Triennial report on the lunatic asylums in the province of Eastern Bengal and Assam - 1903-1911
Year: 1903
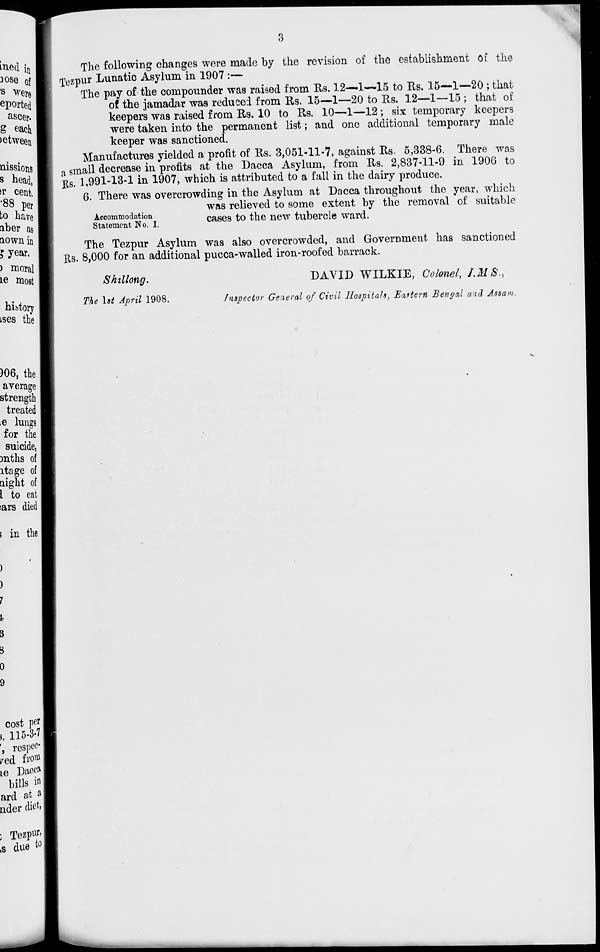
3
The following changes were made by the revision of the establishment of the
Tezpur Lunatic Asylum in 1907 :—
The pay of the compounder was raised from Rs. 12—1—15 to Rs. 15—1—20 ; that
of the jamadar was reduced from Rs. 15—1—20 to Rs. 12—1—15; that of
keepers was raised from Rs. 10 to Rs. 10—1—12 ; six temporary keepers
were taken into the permanent list; and one additional temporary male
keeper was sanctioned.
Manufactures yielded a profit of Rs. 3,051-11-7, against Rs. 5,338-6. There was
a small decrease in profits at the Dacca Asylum, from Rs. 2,837-11-9 in 1906 to
Rs. 1,991-13-1 in 1907, which is attributed to a fall in the dairy produce.
Accommodation
Statement No. I.
6. There was overcrowding in the Asylum at Dacca throughout the year, which
was relieved to some extent by the removal of suitable
cases to the new tubercle ward.
The Tezpur Asylum was also overcrowded, and Government has sanctioned
Rs. 8,000 for an additional pucca-walled iron-roofed barrack.
Shillong.
The 1st April 1908.
DAVID WILKIE, Colonel, I.M.S.,
Inspector General of Civil Hospitals, Eastern Bengal and Assam.